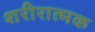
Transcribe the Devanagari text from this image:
शरीरात्मक